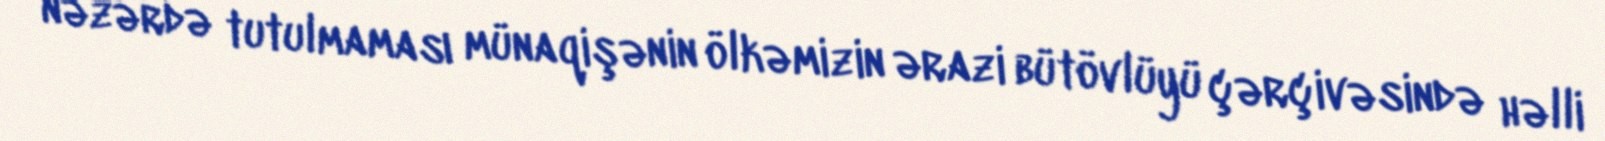
nəzərdə tutulmaması münaqişənin ölkəmizin ərazi bütövlüyü çərçivəsində həlli